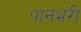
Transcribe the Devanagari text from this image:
पानभरी